Punjab Mental Hospital Lahore 1922-31 - 1922-1931
Year: 1922
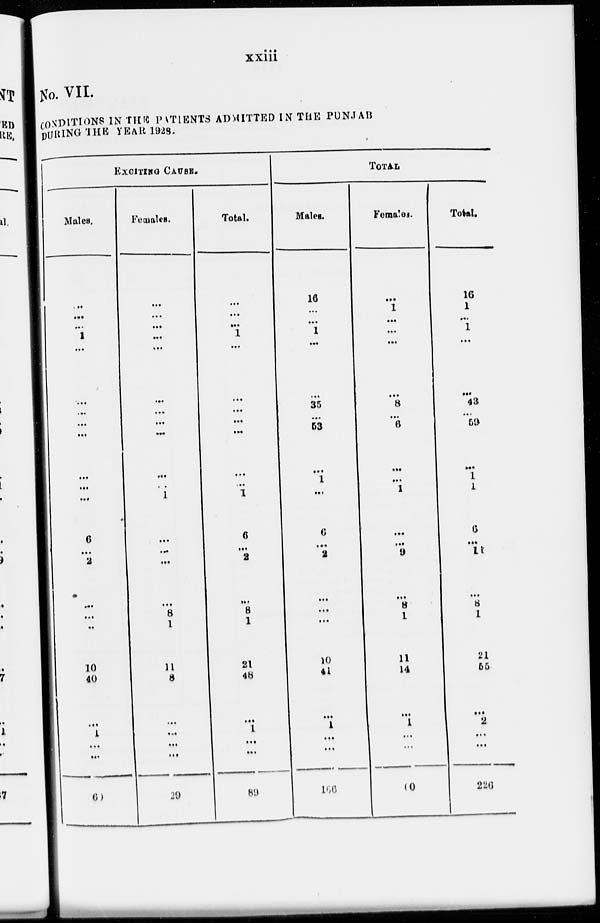
xxiii
No. VII.
CONDITIONS IN THE PATIENTS ADMITTED IN THE PUNJAB
DURING THE YEAR 1928.
EXCITING CAUSE.
Males.
...
...
...
1
...
...
...
...
...
...
...
...
6
...
2
...
...
...
...
10
40
...
1
...
...
60
Females.
...
...
...
...
...
...
...
...
...
...
...
1
...
...
...
...
...
8
1
11
8
...
...
...
...
29
Total.
...
...
...
1
...
...
...
...
...
...
...
1
6
...
2
...
...
8
1
21
48
...
1
...
...
89
TOTAL
Males.
16
...
...
1
...
...
35
...
53
...
1
...
6
...
2
...
...
...
...
10
41
...
1
...
...
166
Females.
...
1
...
...
...
...
8
...
6
...
...
1
...
...
9
...
...
8
1
11
14
...
1
...
...
60
Total.
16
1
...
1
...
...
43
...
59
...
1
1
6
...
11
...
...
8
1
21
55
...
2
...
...
226